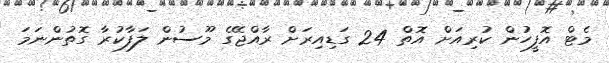
މެޓް އޮފީހުން ކުރިއަށް އޮތް 24 ގަޑިއިރަށް ރާއްޖޭގެ މޫސުން ލަފާކުރާ ގޮތުންނަމަ